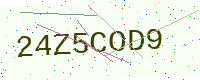
Text: 24Z5COD9